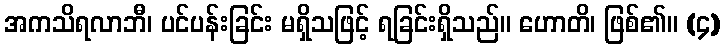
အကသိရလာဘီ၊ ပင်ပန်းခြင်း မရှိသဖြင့် ရခြင်းရှိသည်။ ဟောတိ၊ ဖြစ်၏။ (၄)